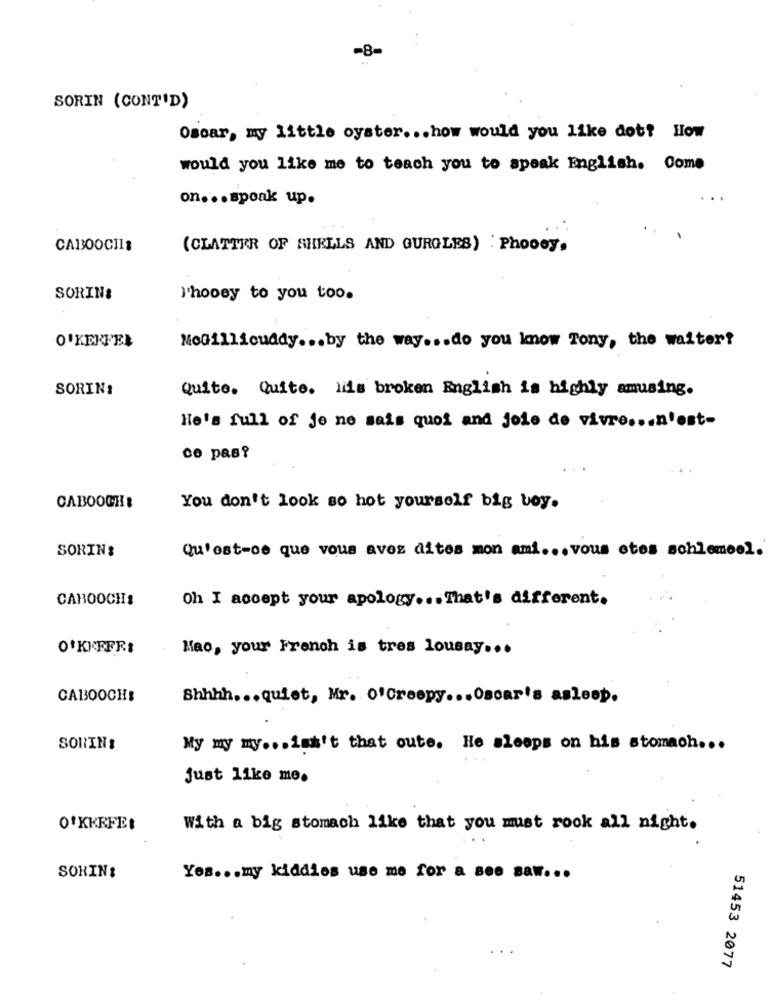
-8=
SORIN (CONT'D)
Oscar, my little oyster ... how would you like dot? How
would you like me to teach you to speak English. Come
on ... spoak up.
CABOOCII:
(CLATTER OF SHELLS AND GURGLES) : Phooey.
SORIN:
T'hoosy to you too.
O'KERFEL
NeGillicuddy ... by the way ... do you know Tony, the waiter?
SORINI
Quite. Quite. liis broken English is highly amusing.
He's full of Je ne sais quoi and joie de vivre ... n'est-
co pas?
CABOOCH:
You don't look so hot yourself big boy.
Qu'est-ce que vous avez dites mon ami ... vous etes schlemsol.
SORIN:
CAROOCH:
Oh I accept your apology ... That's different.
Mao, your French is tres lousay ...
CABOOCHS
Shhhh. . . quiet, Mr. O'Creepy ... Oscar's asleep.
SORINS
My my my ... ist't that oute. He sleeps on his stomach ...
Just like me.
O'KEEFE:
With a big stomach like that you must rook all night.
SORIN:
Yes ... my kiddies use me for a see saw ...
51453 2077